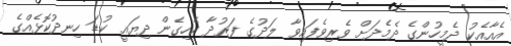
އެއާއެކު ދެމީހުންގެ ދެމެދަށް ވެރިވެފައިވާ ލަދުގެ ފަރުދާ ކެހިގެން ދިޔައީ ކުޑަ ހިނދުކޮޅެއްގެ